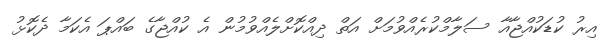
އިރު ކުޑަކުއްޖާއާ ސަލާމްކުރެއްވުމަށް އަތް ދިއްކޮށްލެއްވުމުން އެ ކުއްޖާގެ ބައްޕަ އެކަމާ ދެކޮޅު